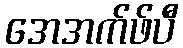
အေအက်ဖ်ပီ